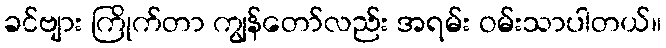
ခင်ဗျား ကြိုက်တာ ကျွန်တော်လည်း အရမ်း ဝမ်းသာပါတယ်။